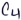
Text: C4